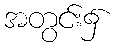
အတွင်း၌